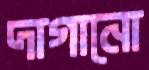
দাগানো